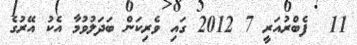
11  ފެބްރުއަރީ 7 2012 ގައި ވެރިކަން ބަދަލުވުމާ އެކު އޭރުގެ